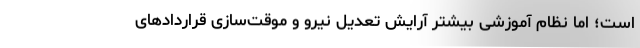
است؛ اما نظام آموزشی بیشتر آرایش تعدیل نیرو و موقت‌سازی قراردادهای